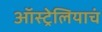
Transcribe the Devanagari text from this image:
ऑस्ट्रेलियाचं